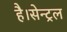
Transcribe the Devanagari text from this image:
है।सेन्ट्रल